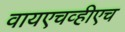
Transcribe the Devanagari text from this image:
वायएचव्हीएच